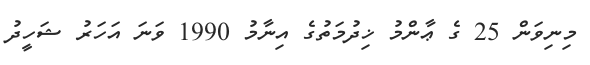
މިނިވަން 25 ގެ ޢާންމު ޚިދުމަތުގެ އިނާމު 1990 ވަނަ އަހަރު ޝަހީދު